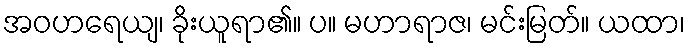
အဝဟရေယျ၊ ခိုးယူရာ၏။ ပ။ မဟာရာဇ၊ မင်းမြတ်။ ယထာ၊